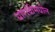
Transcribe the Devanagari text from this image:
धारावीमधील